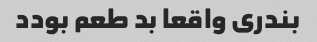
بندری واقعا بد طعم بودد